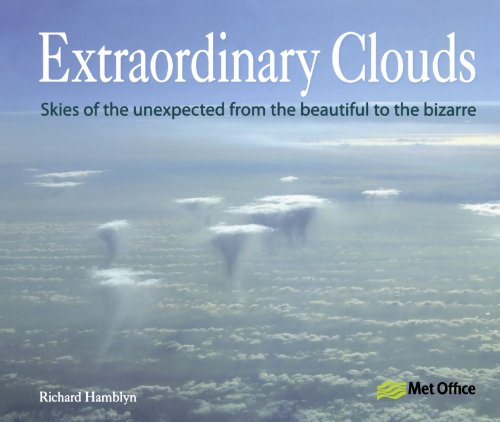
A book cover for Extraordinary Clouds; Richard Hamblyn; Science & Math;